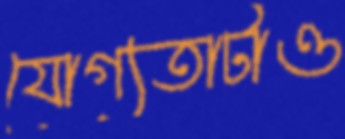
যোগ্যতাটাও